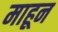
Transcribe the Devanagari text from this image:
माहून